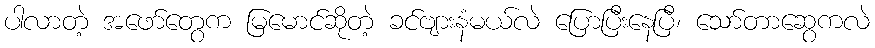
ပါလာတဲ့ အဖော်တွေက မြမောင်ဆိုတဲ့ ခင်ဗျားနံမယ်လဲ ပြောပြီးနေပြီ၊ သော်တာဆွေကလဲ